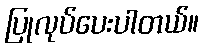
ပြုလုပ်ပေးပါတယ်။